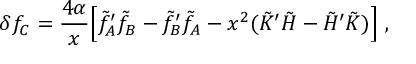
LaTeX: \delta f _ { C } = \frac { 4 \alpha } { x } \Bigl [ \tilde { f } _ { A } ^ { \prime } \tilde { f } _ { B } - \tilde { f } _ { B } ^ { \prime } \tilde { f } _ { A } - x ^ { 2 } ( \tilde { K } ^ { \prime } \tilde { H } - \tilde { H } ^ { \prime } \tilde { K } ) \Bigr ] \ ,